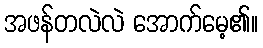
အဖန်တလဲလဲ အောက်မေ့၏။